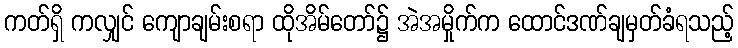
ကတ်ရှိ ကလျှင် ကျောချမ်းစရာ ထိုအိမ်တော်၌ အဲအမှိုက်က ထောင်ဒဏ်ချမှတ်ခံရသည့်